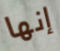
إنها